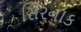
સિરનાક